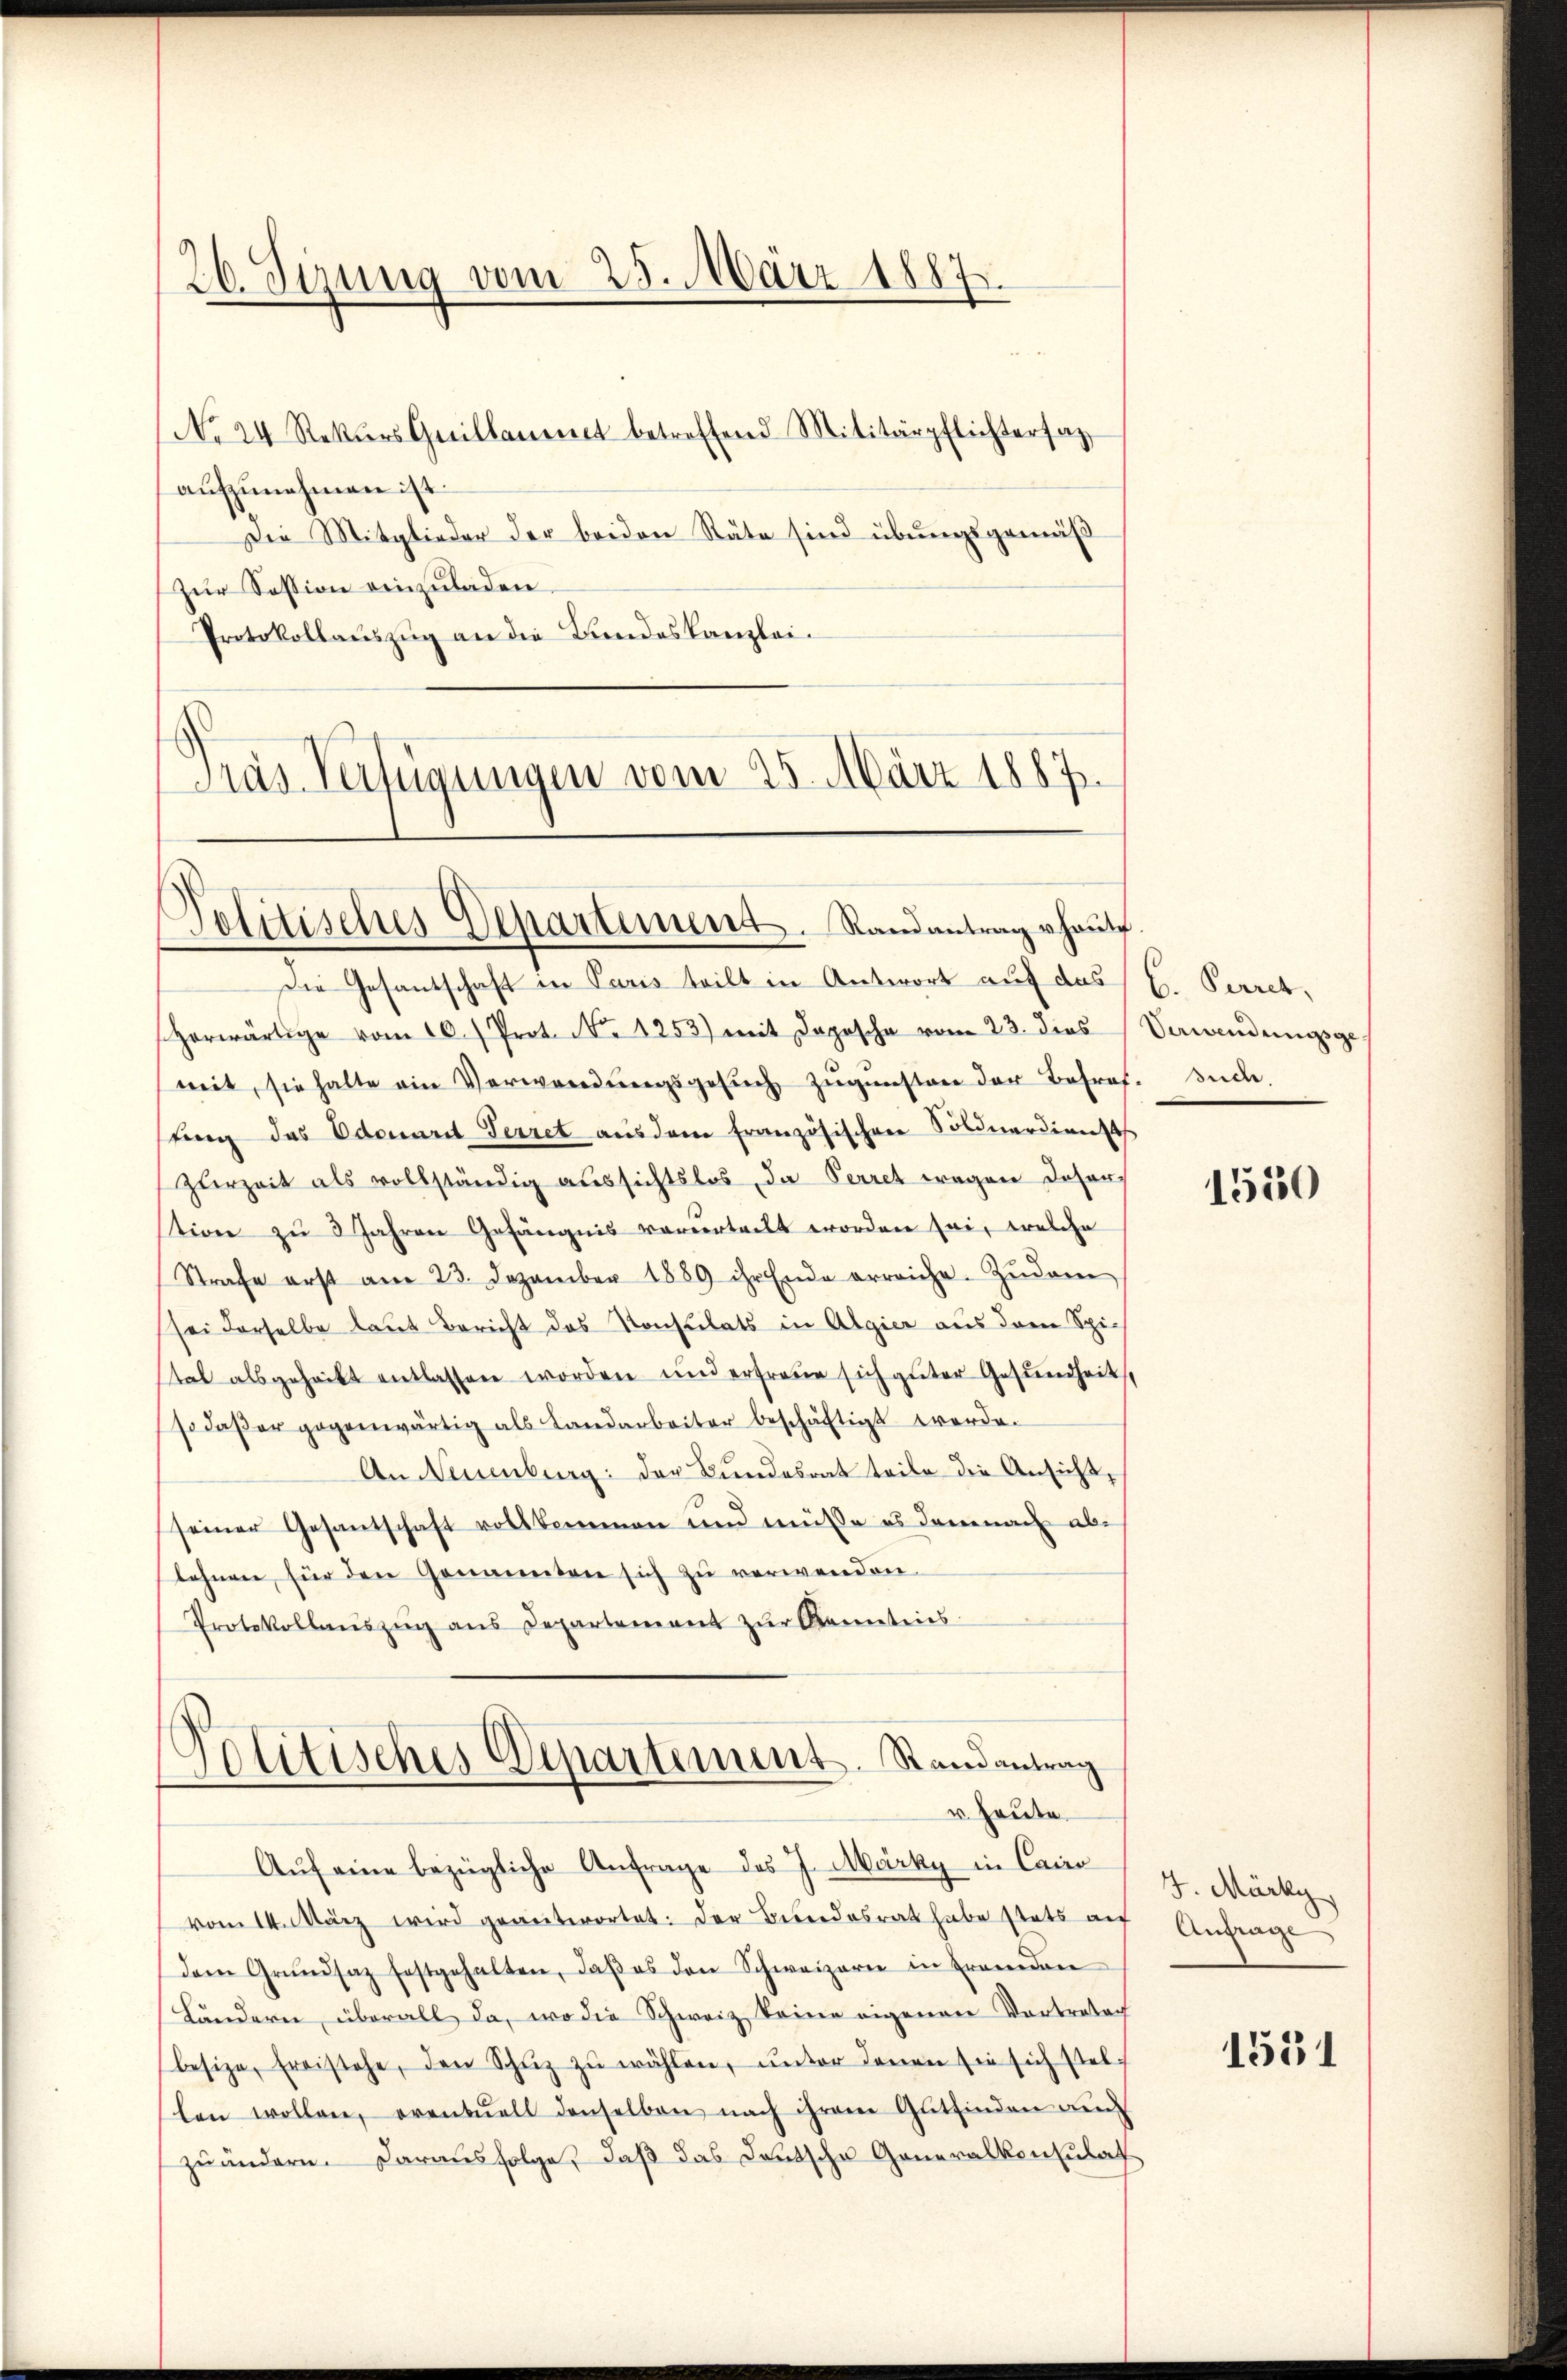
26. Sizung vom 25. März 1887

No 24 Rekŭrs Guillamnt betreffend Militärpflichtersag
aufzunehmen ist.
Die Mitglieder der beiden Räte sind übungsgemäß
Zur Session einzuladen.
Protokollauszug an die Landeskanzlei.
Präs. Verfügungen vom 25. März 1887

Dolitisches Departement. Randantrag heute.

Die Gesantschaft in Paris teilt in Antwort auf das
herwärtige vom 16. Prot. No 1253) mit Depesche vom 23. dies
mit, sie halte ein Verwendŭngsgesŭch zŭgŭnsten der Betref. Inde.
fing des Odenart Terret aus dem französischen Soldnardient
zurzeit als vollständig aussichtslos, da Perret wegen deser
stion zŭ 3 Jahren Gefängnis vorvertrett worden sei, welche
Strafe erst am 23. Dezember 1889 ihr Ende erreiche. Zŭdem
sei derselbe laut Bericht des Konsulats in Algier aus dem Spi-
stal als gehackt entlassen worden und erfreue sich guter Gesundheit,
so daβ er gegenwärtig als Landarbeiter beschäftigt werde.
An Neuenburg: der Bundesrat teile die Ansicht,
seiner Gesantschaft vollkommen und müsse es demnach ablehnen für den Genannten sich zŭ verwenden.
Protokollaŭszŭg ans Departement zŭr Kenntnis
Politisches Departement. Randantrag
u Heute
Aŭf eine bezügliche Anfrage des J. Märky in Cairo
vom 14. März wird geantwortet: Der Bundesrat habe stets auf
dem Grŭndsaz festgehalten, daβ es den Schweizern in Fremden
Ländern, überall da, wo die Schweiz keine eigenen Vortraten
besize, freistehe, den Schŭz zŭ wählen, ŭnter denen sie sich stellen wollen, eventuell denselben nach ihrem Gutfinden aŭf
zuändern. Darausfolge, daß das Deutsche Generalkonsulat

b. Perret,
Verwendungsge¬

1550

J. Märky
Anfrage

1551